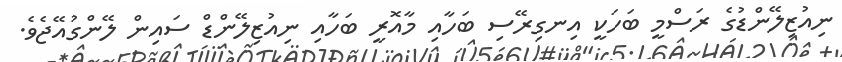
ނިއުޒިލޭންޑުގެ ރަސްމީ ބަހަކީ އިނގިރޭސި ބަހާއި މާއޮރީ ބަހާއި ނިއުޒިލޭންޑް ސައިން ލޭންގުއޭޖެވެ.